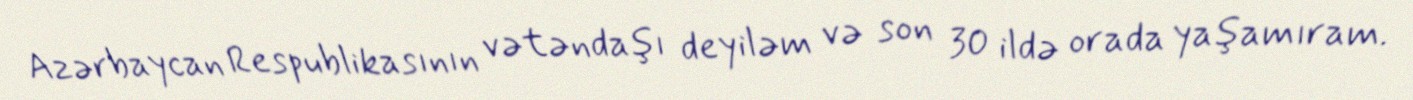
Azərbaycan Respublikasının vətəndaşı deyiləm və son 30 ildə orada yaşamıram.